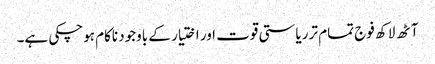
آٹھ لاکھ فوج تمام تر ریاستی قوت اور اختیار کے باوجود ناکام ہوچکی ہے۔